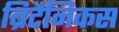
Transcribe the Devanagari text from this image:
ब्रिटैनिकस